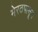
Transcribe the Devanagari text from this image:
मेरठपासून